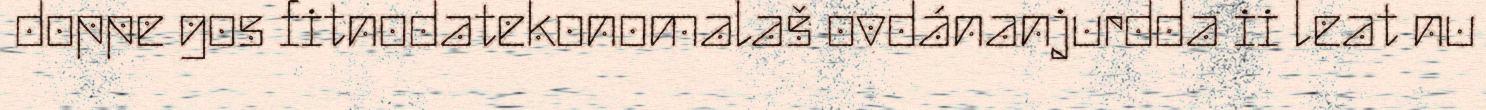
doppe gos fitnodatekonomalaš ovdánanjurdda ii leat nu